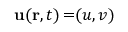
\mathbf { u } ( \mathbf { r } , t ) \mathop { = } ( u , v )